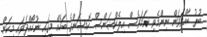
ބުރު ބާއްވަވަން ނިންމެވި ނަމަވެސް އިލެކްޝަންސް ކޮމިޝަންގެ ބަހެއް މީގައި ނުހޯއްދަވައި މިކަން